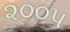
૨૦૦પ